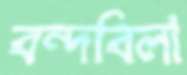
বন্দবিলা